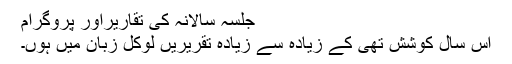
جلسہ سالانہ کی تقاریراور پروگرام
اس سال کوشش تھی کے زیادہ سے زیادہ تقریریں لوکل زبان میں ہوں۔